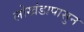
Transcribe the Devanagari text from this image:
लोखंडापासुन